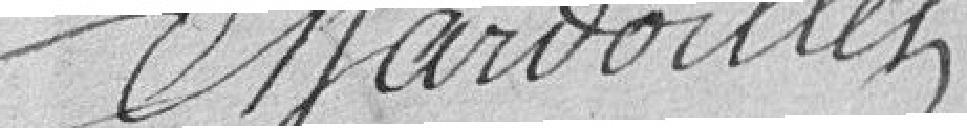
Chardoillet